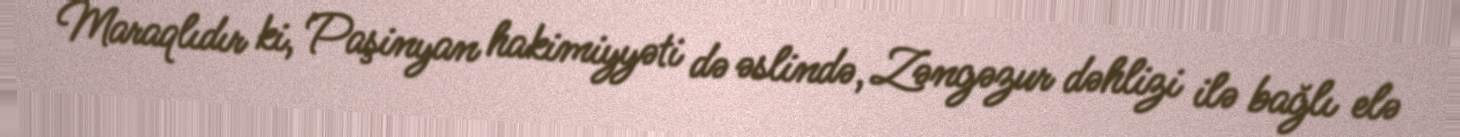
Maraqlıdır ki, Paşinyan hakimiyyəti də əslində, Zəngəzur dəhlizi ilə bağlı elə